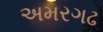
અમરગઢ